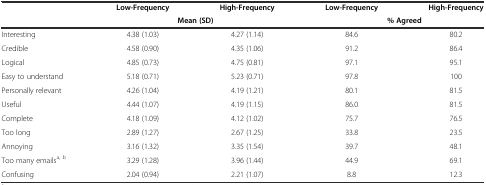
<table><thead><tr><td></td><td><b>Low-Frequency</b></td><td><b>High-Frequency</b></td><td><b>Low-Frequency</b></td><td><b>High-Frequency</b></td></tr><tr><td></td><td colspan="2"><b>Mean (SD)</b></td><td colspan="2"><b>% Agreed</b></td></tr></thead><tbody><tr><td>Interesting</td><td>4.38 (1.03)</td><td>4.27 (1.14)</td><td>84.6</td><td>80.2</td></tr><tr><td>Credible</td><td>4.58 (0.90)</td><td>4.35 (1.06)</td><td>91.2</td><td>86.4</td></tr><tr><td>Logical</td><td>4.85 (0.73)</td><td>4.75 (0.81)</td><td>97.1</td><td>95.1</td></tr><tr><td>Easy to understand</td><td>5.18 (0.71)</td><td>5.23 (0.71)</td><td>97.8</td><td>100</td></tr><tr><td>Personally relevant</td><td>4.26 (1.04)</td><td>4.19 (1.21)</td><td>80.1</td><td>81.5</td></tr><tr><td>Useful</td><td>4.44 (1.07)</td><td>4.19 (1.15)</td><td>86.0</td><td>81.5</td></tr><tr><td>Complete</td><td>4.18 (1.09)</td><td>4.12 (1.02)</td><td>75.7</td><td>76.5</td></tr><tr><td>Too long</td><td>2.89 (1.27)</td><td>2.67 (1.25)</td><td>33.8</td><td>23.5</td></tr><tr><td>Annoying</td><td>3.16 (1.32)</td><td>3.35 (1.54)</td><td>39.7</td><td>48.1</td></tr><tr><td>Too many emails<sup>a, b</sup></td><td>3.29 (1.28)</td><td>3.96 (1.44)</td><td>44.9</td><td>69.1</td></tr><tr><td>Confusing</td><td>2.04 (0.94)</td><td>2.21 (1.07)</td><td>8.8</td><td>12.3</td></tr></tbody></table>